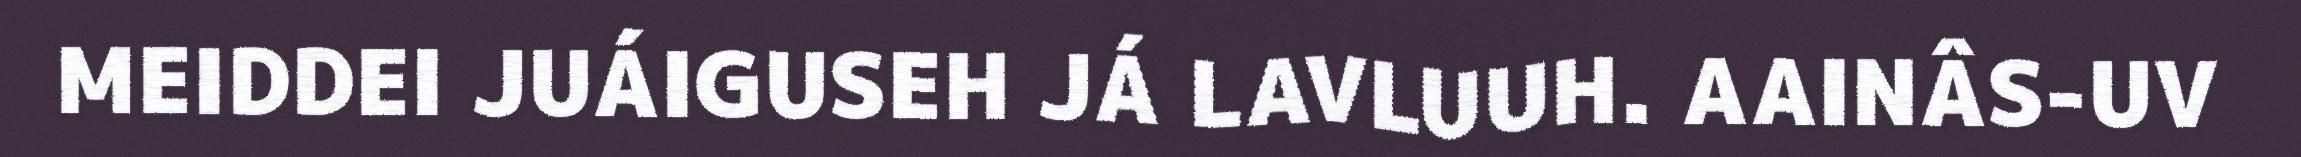
MEIDDEI JUÁIGUSEH JÁ LAVLUUH. AAINÂS-UV